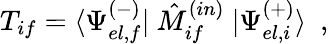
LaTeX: T_{if}=\langle\Psi_{el,f}^{(-)}|\ \hat{M}_{if}^{(in)}\ |\Psi_{el,i}^{(+)}\rangle\ \ ,